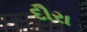
દૌરા